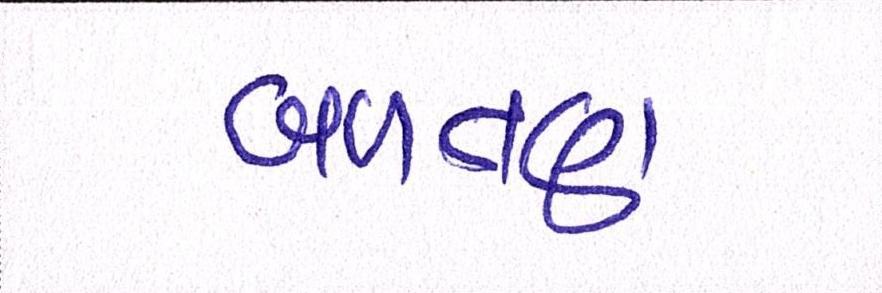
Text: બળતણ